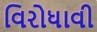
વિરોધાવી